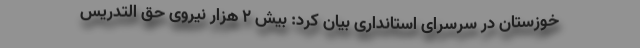
خوزستان در سرسرای استانداری بیان کرد: بیش ۲ هزار نیروی حق التدریس